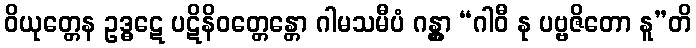
ဝိယုတ္တေန ဥဒ္ဓဋေ ပဋိနိဝတ္တေန္တော ဂါမသမီပံ ဂန္တွာ “ဂါဝီ နု ပဗ္ဗဇိတော နူ”တိ